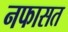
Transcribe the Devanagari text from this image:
नफासत